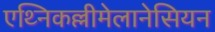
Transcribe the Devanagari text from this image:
एथ्निकल्लीमेलानेसियन